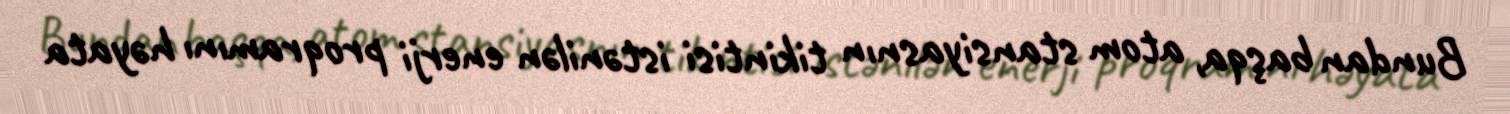
Bundan başqa, atom stansiyasnın tikintisi istənilən enerji proqramını həyata